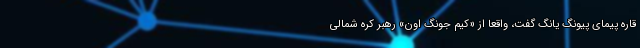
قاره پیمای پیونگ یانگ گفت، واقعاً از «کیم جونگ اون» رهبر کره شمالی